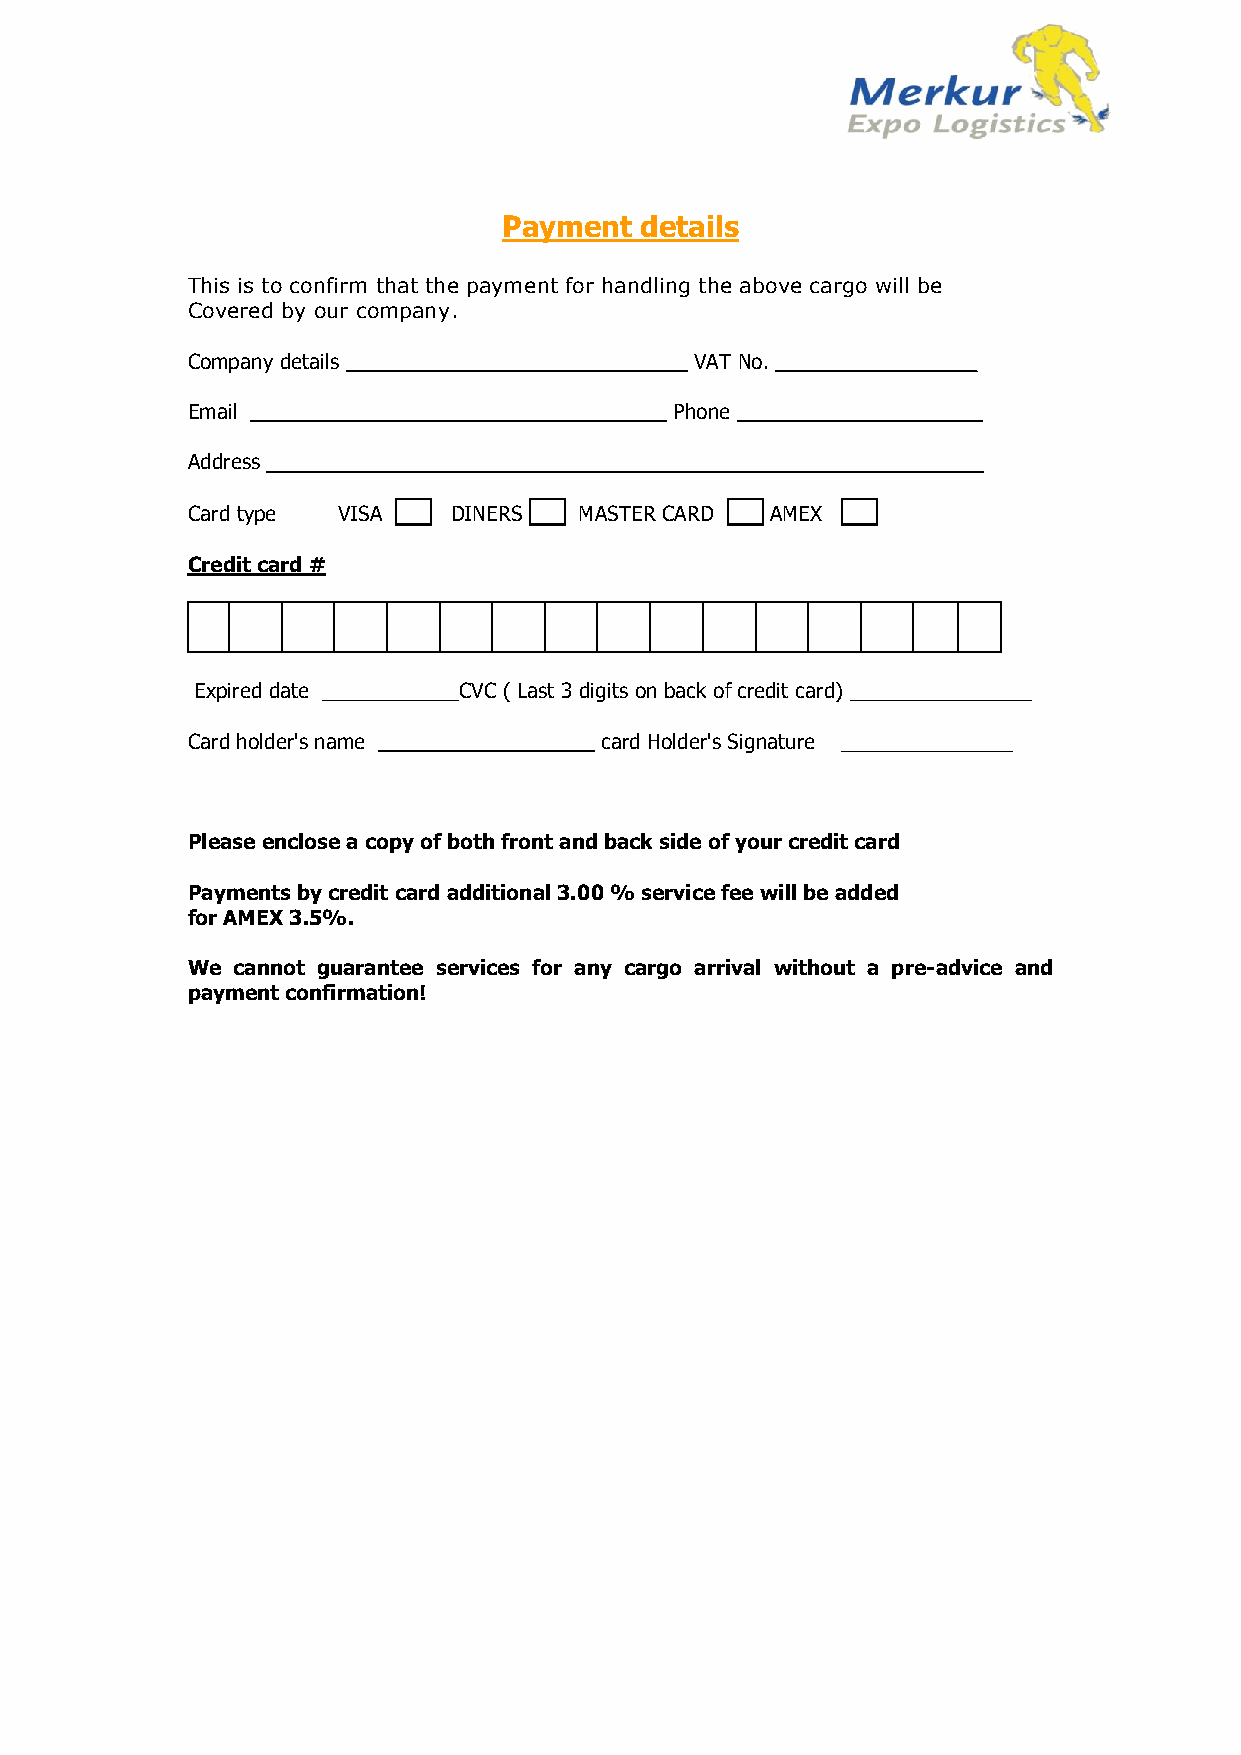
Payment  details
 This is to confirm that the payment for handling the above cargo will be
 Covered by our company.
 Company details ______________________________ VAT No. ________________
 Email ____________________________________ Phone _____________________
 Address _______________________________________________________________
 Card type VISA ___ DINERS ___ MASTER CARD ___ AMEX ___
 Credit card #
 Expired date ____________CVC ( Last 3 digits on back of credit card) ________________
 Card holder's name ___________________ card Holder's Signature _______________
 Please enclose a copy of both front and back side of your credit card
 Payments by credit card additional 3.00 % service fee will be added
 for AMEX 3.5%.
 We cannot guarantee services for any cargo arrival without a pre-advice and
 payment confirmation!